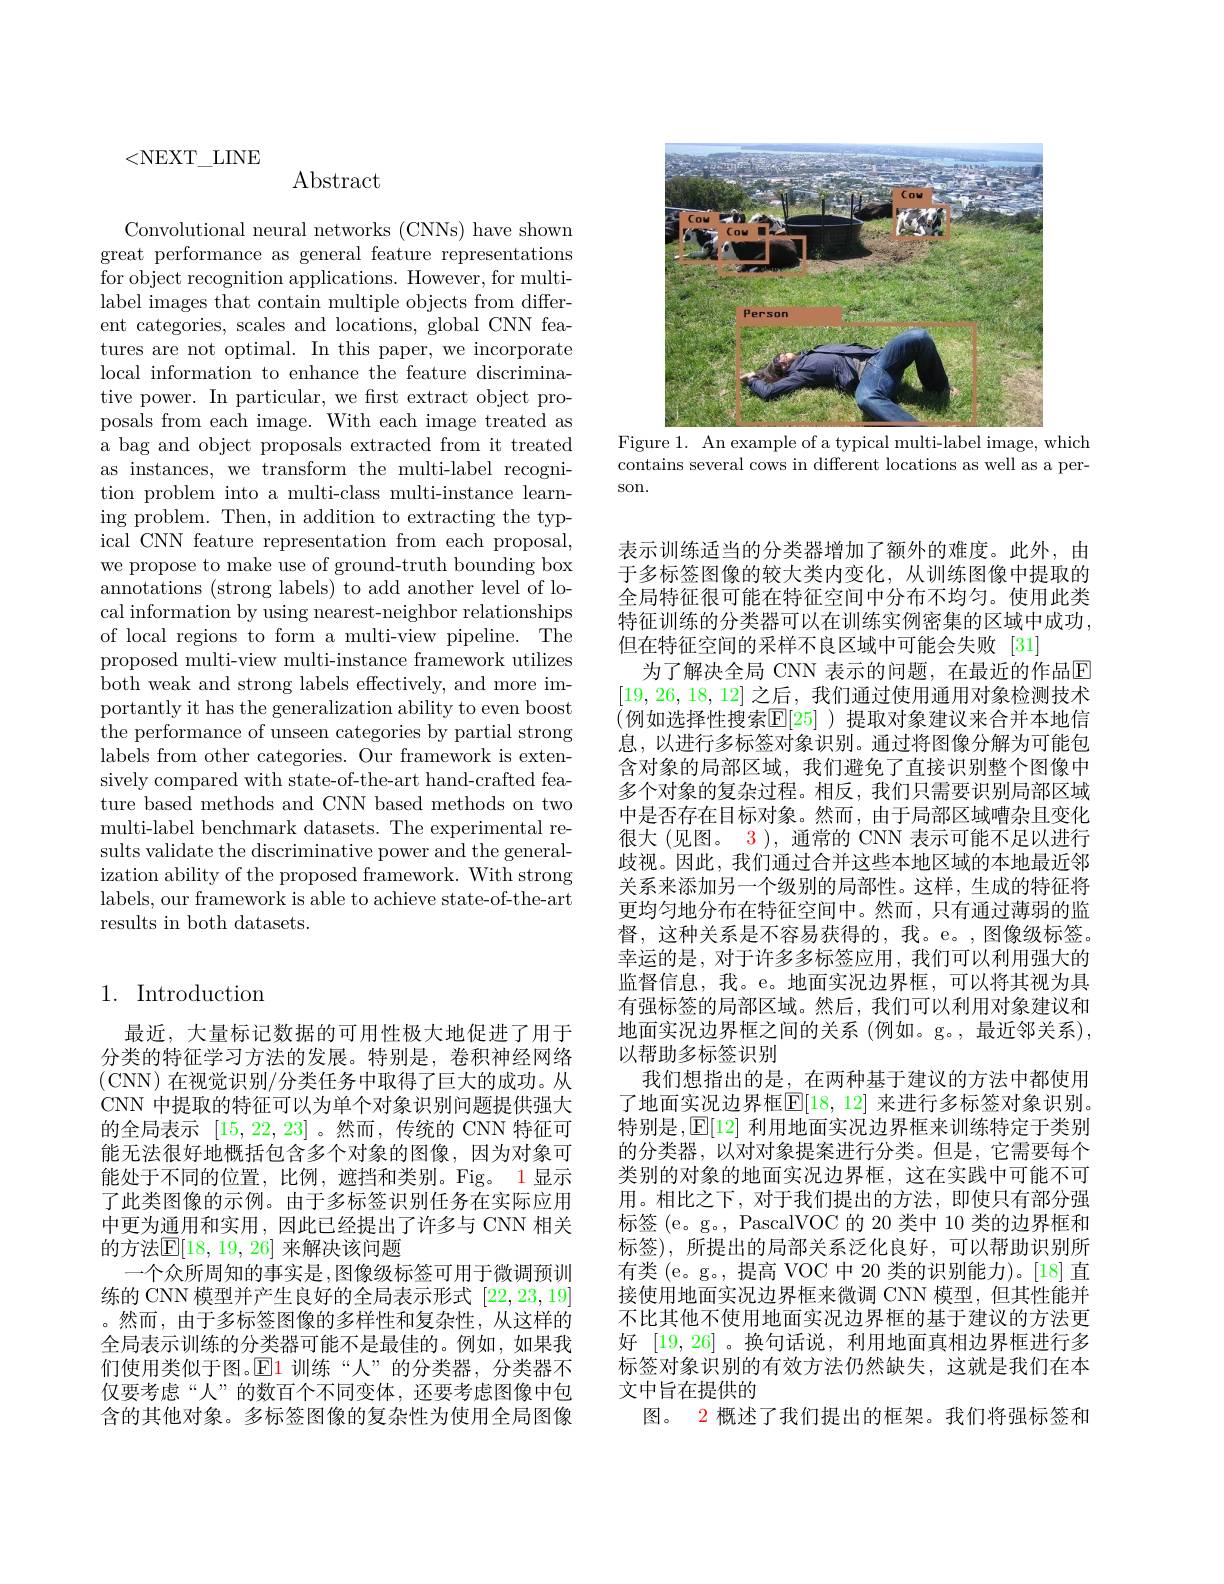
<NEXT\_LINE

$\operatorname{Abstract}$

Convolutional neural networks (CNNs) have shown great performance as general feature representations for object recognition applications. However, for multilabel images that contain multiple objects from different categories, scales and locations, global CNN features are not optimal. In this paper, we incorporate local information to enhance the feature discriminative power. In particular, we first extract object proposals from each image. With each image treated as a bag and object proposals extracted from it treated as instances, we transform the multi-label recognition problem into a multi-class multi-instance learning problem. Then, in addition to extracting the typical CNN feature representation from each proposal, we propose to make use of ground-truth bounding box annotations (strong labels) to add another level of local information by using nearest-neighbor relationships of local regions to form a multi-view pipeline. The proposed multi-view multi-instance framework utilizes both weak and strong labels effectively, and more importantly it has the generalization ability to even boost the performance of unseen categories by partial strong labels from other categories. Our framework is extensively compared with state-of-the-art hand-crafted feature based methods and CNN based methods on two multi-label benchmark datasets. The experimental results validate the discriminative power and the generalization ability of the proposed framework. With strong labels, our framework is able to achieve state-of-the-art results in both datasets.

## 1. Introduction

最近，大量标记数据的可用性极大地促进了用于分类的特征学习方法的发展。特别是，卷积神经网络(CNN)在视觉识别/分类任务中取得了巨大的成功。从CNN 中提取的特征可以为单个对象识别问题提供强大的全局表示[15,22,23] 。然而，传统的 CNN 特征可能无法很好地概括包含多个对象的图像，因为对象可能处于不同的位置，比例，遮挡和类别。Fig。1显示了此类图像的示例。由于多标签识别任务在实际应用中更为通用和实用，因此已经提出了许多与 CNN 相关的方法$\mathbb{E}[18,19,26]$ 来解决该问题
一个众所周知的事实是，图像级标签可用于微调预训练的 CNN 模型并产生良好的全局表示形式[22,23,19] 。然而，由于多标签图像的多样性和复杂性，从这样的全局表示训练的分类器可能不是最佳的。例如，如果我们使用类似于图。$\color{red}{\operatorname*{E1}}$训练“人”的分类器，分类器不仅要考虑“人”的数百个不同变体，还要考虑图像中包含的其他对象。多标签图像的复杂性为使用全局图像

<FigureHere>

Figure 1. An example of a typical multi-label image, which contains several cows in different locations as well as a person.

表示训练适当的分类器增加了额外的难度。此外，由于多标签图像的较大类内变化，从训练图像中提取的全局特征很可能在特征空间中分布不均匀。使用此类特征训练的分类器可以在训练实例密集的区域中成功， 但在特征空间的采样不良区域中可能会失败 [31]
为了解决全局 CNN 表示的问题，在最近的作品E [19,26,18,12]之后，我们通过使用通用对象检测技术(例如选择性搜索$\overline{\mathbb{E}}[25]$ )提取对象建议来合并本地信息，以进行多标签对象识别。通过将图像分解为可能包含对象的局部区域，我们避免了直接识别整个图像中多个对象的复杂过程。相反，我们只需要识别局部区域中是否存在目标对象。然而，由于局部区域嘈杂且变化很大(见图。3), 通常的 CNN 表示可能不足以进行歧视。因此，我们通过合并这些本地区域的本地最近邻关系来添加另一个级别的局部性。这样，生成的特征将更均匀地分布在特征空间中。然而，只有通过薄弱的监督，这种关系是不容易获得的，我。e。,图像级标签。幸运的是，对于许多多标签应用，我们可以利用强大的监督信息，我。e。地面实况边界框，可以将其视为具有强标签的局部区域。然后，我们可以利用对象建议和地面实况边界框之间的关系(例如。g。,最近邻关系), 以帮助多标签识别
我们想指出的是，在两种基于建议的方法中都使用了地面实况边界框$\mathbb{E}[18,12]$ 来进行多标签对象识别。特别是$,\operatorname{\overline{E}[12]\text{ 利用地面实况边界框来训练特定于类别}}$ 的分类器，以对对象提案进行分类。但是，它需要每个类别的对象的地面实况边界框，这在实践中可能不可用。相比之下，对于我们提出的方法，即使只有部分强标签 (e。g。, PascalVOC 的 20 类中 10 类的边界框和标签),所提出的局部关系泛化良好，可以帮助识别所有类(e。g。, 提高 VOC 中 20 类的识别能力)。[18]直接使用地面实况边界框来微调 CNN 模型，但其性能并不比其他不使用地面实况边界框的基于建议的方法更好[19,26] 。换句话说，利用地面真相边界框进行多标签对象识别的有效方法仍然缺失，这就是我们在本文中旨在提供的
图。 2 概述了我们提出的框架。我们将强标签和